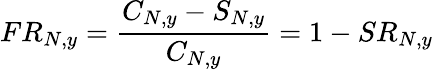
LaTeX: FR_{N,y}=\frac{C_{N,y}-S_{N,y}}{C_{N,y}}=1-SR_{N,y}